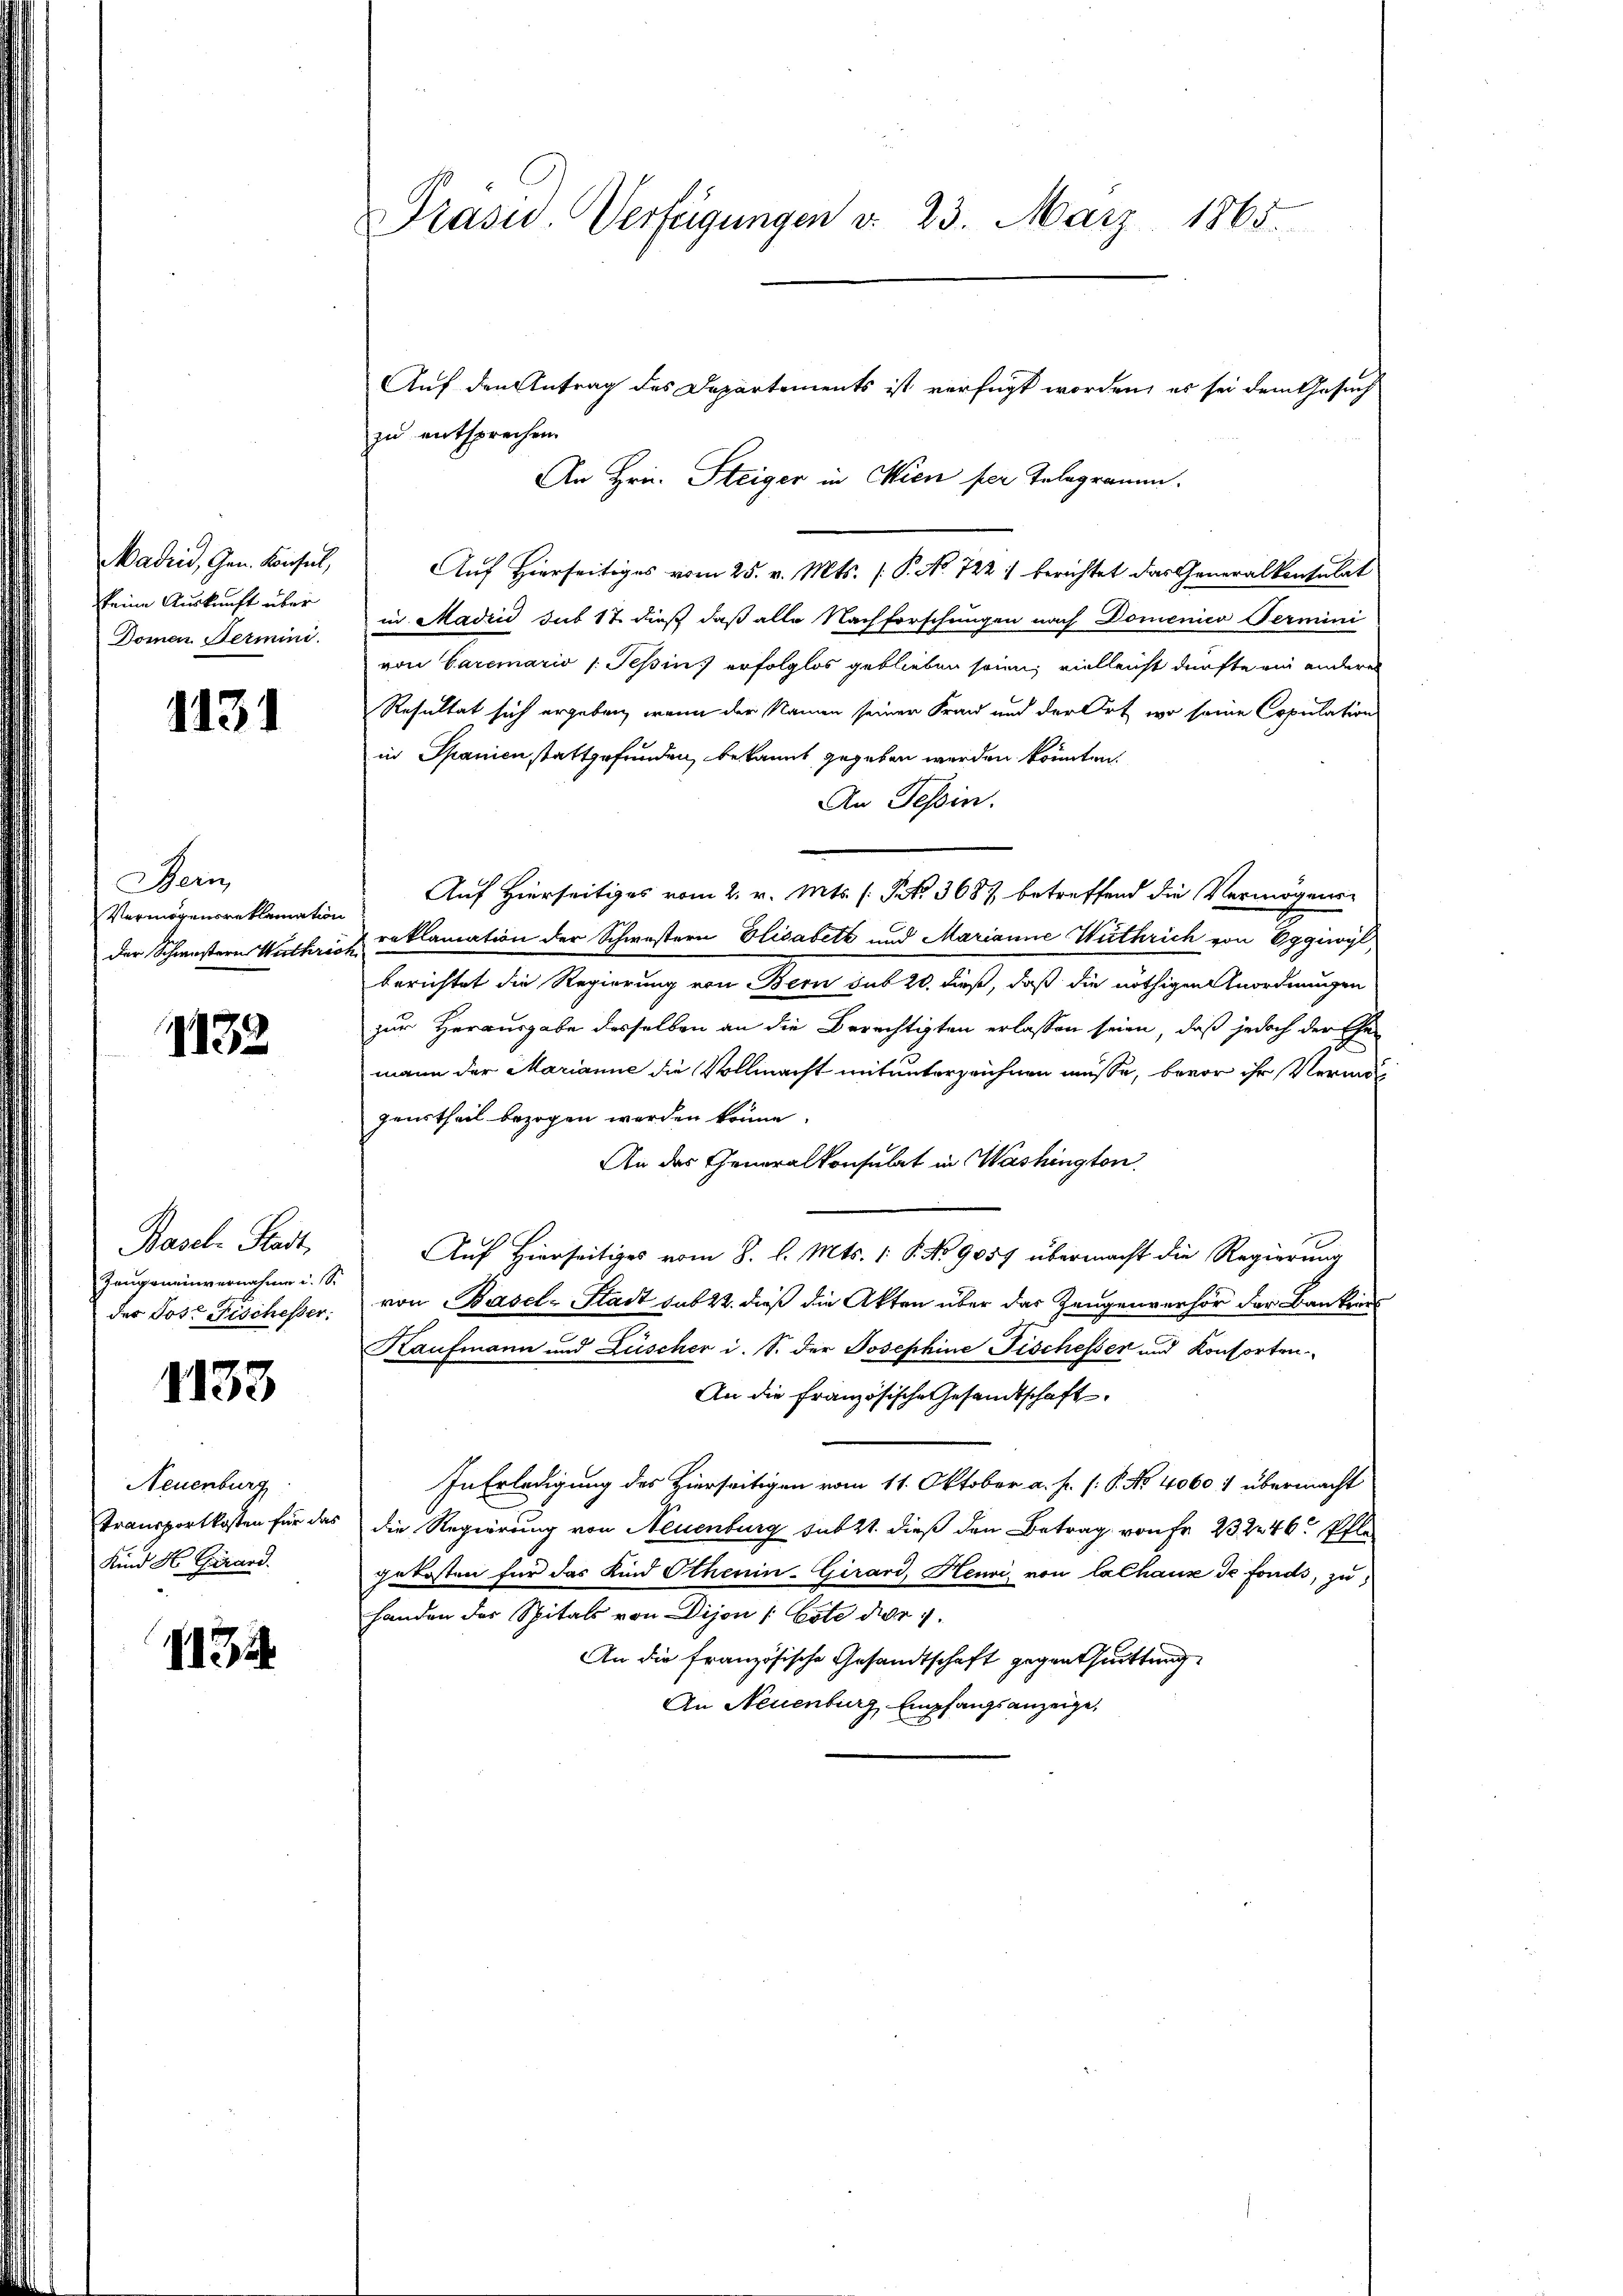
Madrid, Gen. Konsul,
keine Auskunft über
Domen Hermini

1131

Bein
Vermögensreklamation
der Schwestern Wathrich

1132

Basel. Stadt,
Zeugeneinvernahme u. S.
der Jos. Fischesser.

1133

Neuenburg
Transportkosten für das
Kind H. Girard.

134

Präsid. Verfügungen d. 23. März 1865.

Auf den Antrag des Departements ist verfügt worden, es sei dem Gesuch
zu entsprechen.
An Hrn. Steiger in Wien per Telegramm.

Auf Hierseitiges vom 25. v. Mts. (P.No 722) berichtet das Generalkonsulat
in Madrid sub 17 dieß daß alle Nachforschungen nach Domenico Termini
von Caremario s. Tessin erfolglos geblieben seien; vielleicht dürfte ein andere
Resultat sich ergeben, wenn der Namen seiner Frau und der Ort, wo seine Copulation
in Spanienstattgefunden, bekannt gegeben werden könnten.
An Tessin.
Auf Hierseitiges vom 2. v. Mts. (Frk. 368 betreffend die Vermögensreklamation der Schwestern Elisabeth und Marianne Wirthrich von Eggiwyl,
berichtet die Regierung von Bern sub 20. dieß, daß die nöthigen Anordnungen
zur Herausgabe desselben an die Berechtigten erlassen seien, daß jedoch der Ehemann der Marianne die Vollmacht mit unterzeichnen müsse, bevor ihr Vermögeurtheil bezogen werden könne.
An der Generalkonsulat in Washington
Auf Hierseitiges vom 8. l. Mts. 1 P. No 9057 übermacht die Regierung
von Basel-Stadt habt, daß die Akten über das Zeugenverhör der Bankens
Kaufmann und Lüscher i. S. der Josephine Fischesser und Konsorten
An die französische Gesandtschaft
In Erledigung des Hierseitigen vom 11. Oktober a. p. (: P. Nr. 4060 1 übermacht
die Regierung von Neuenburg subtt. dieß den Betrag von Fr. 232246 Pfle
gekosten für das Kind Ithenin-Girard, Henri von Calhaus de fonds, zu
handen der Spitals von Dijon / Cote der 7.
An die französische Gesandtschaft gegenthuittung
An Neuenburg, Empfangsanzeige,